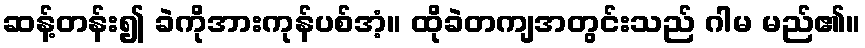
ဆန့်တန်း၍ ခဲကိုအားကုန်ပစ်အံ့။ ထိုခဲတကျအတွင်းသည် ဂါမ မည်၏။